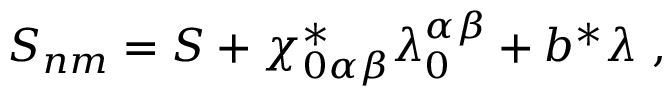
S _ { n m } = S + \chi _ { 0 \alpha \beta } ^ { * } \lambda _ { 0 } ^ { \alpha \beta } + b ^ { * } \lambda \ ,